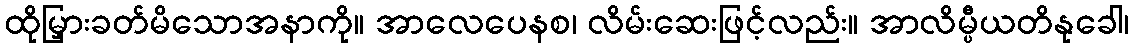
ထိုမြှားခတ်မိသောအနာကို။ အာလေပေနစ၊ လိမ်းဆေးဖြင့်လည်း။ အာလိမ္ပီယတိနုခေါ၊